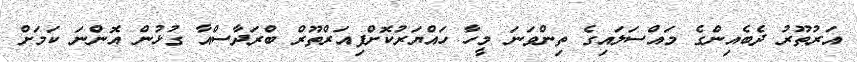
އަރުތޫރު ދެބެއިންގެ މައްސަލައިގެ ތިންވަނަ މީހާ ހައްޔަރުކޮށްފިއަރްތޫރް ބްރަދާސްއާ ގުޅުން އޮންނަ ކަމަށް